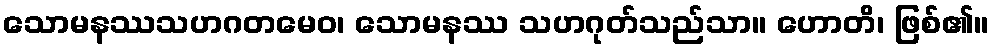
သောမနဿသဟဂတမေဝ၊ သောမနဿ သဟဂုတ်သည်သာ။ ဟောတိ၊ ဖြစ်၏။